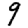
Digit: 9